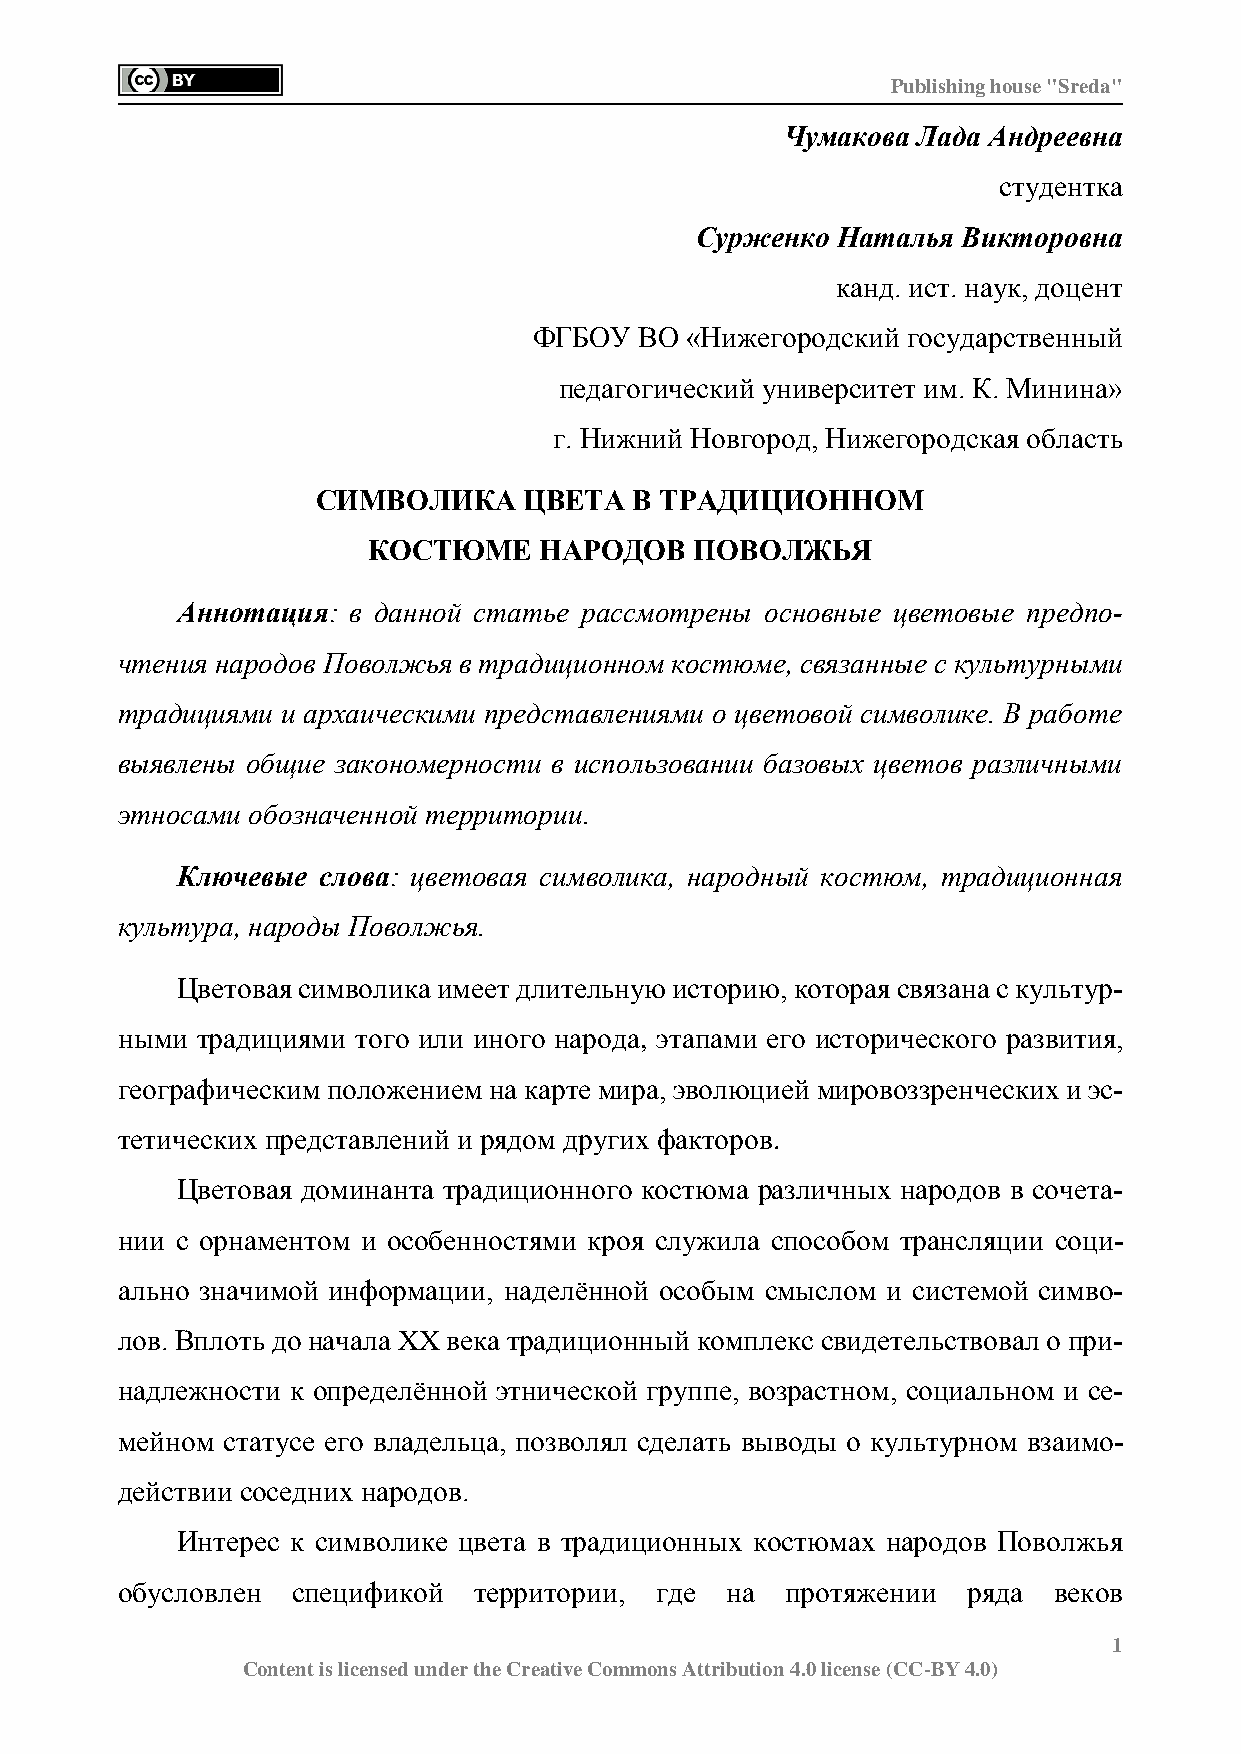
Publishing house "Sreda"
 Чумакова Лада Андреевна
 студентка
 Сурженко Наталья  Викторовна
 канд. ист. наук, доцент
 ФГБОУ  ВО «Нижегородский государственный
 педагогический университет им. К. Минина»
 г. Нижний Новгород, Нижегородская область
 СИМВОЛИКА     ЦВЕТА  В ТРАДИЦИОННОМ
 КОСТЮМЕ     НАРОДОВ   ПОВОЛЖЬЯ
 Аннотация: в данной статье рассмотрены основные цветовые предпо-
 чтения народов Поволжья в традиционном костюме, связанные с культурными
 традициями и архаическими представлениями о цветовой символике. В работе
 выявлены общие закономерности в использовании базовых цветов различными
 этносами обозначенной территории.
 Ключевые слова: цветовая символика, народный костюм, традиционная
 культура, народы Поволжья.
 Цветовая символика имеет длительную историю, которая связана с культур-
 ными традициями того или иного народа, этапами его исторического развития,
 географическим положением на карте мира, эволюцией мировоззренческих и эс-
 тетических представлений и рядом других факторов.
 Цветовая доминанта традиционного костюма различных народов в сочета-
 нии с орнаментом и особенностями кроя служила способом трансляции соци-
 ально значимой информации, наделённой особым смыслом и системой симво-
 лов. Вплоть до начала XX века традиционный комплекс свидетельствовал о при-
 надлежности к определённой этнической группе, возрастном, социальном и се-
 мейном статусе его владельца, позволял сделать выводы о культурном взаимо-
 действии соседних народов.
 Интерес к символике цвета в традиционных костюмах народов Поволжья
 обусловлен спецификой  территории, где  на  протяжении  ряда  веков
 1
 Content is licensed under the Creative Commons Attribution 4.0 license (CC-BY 4.0)